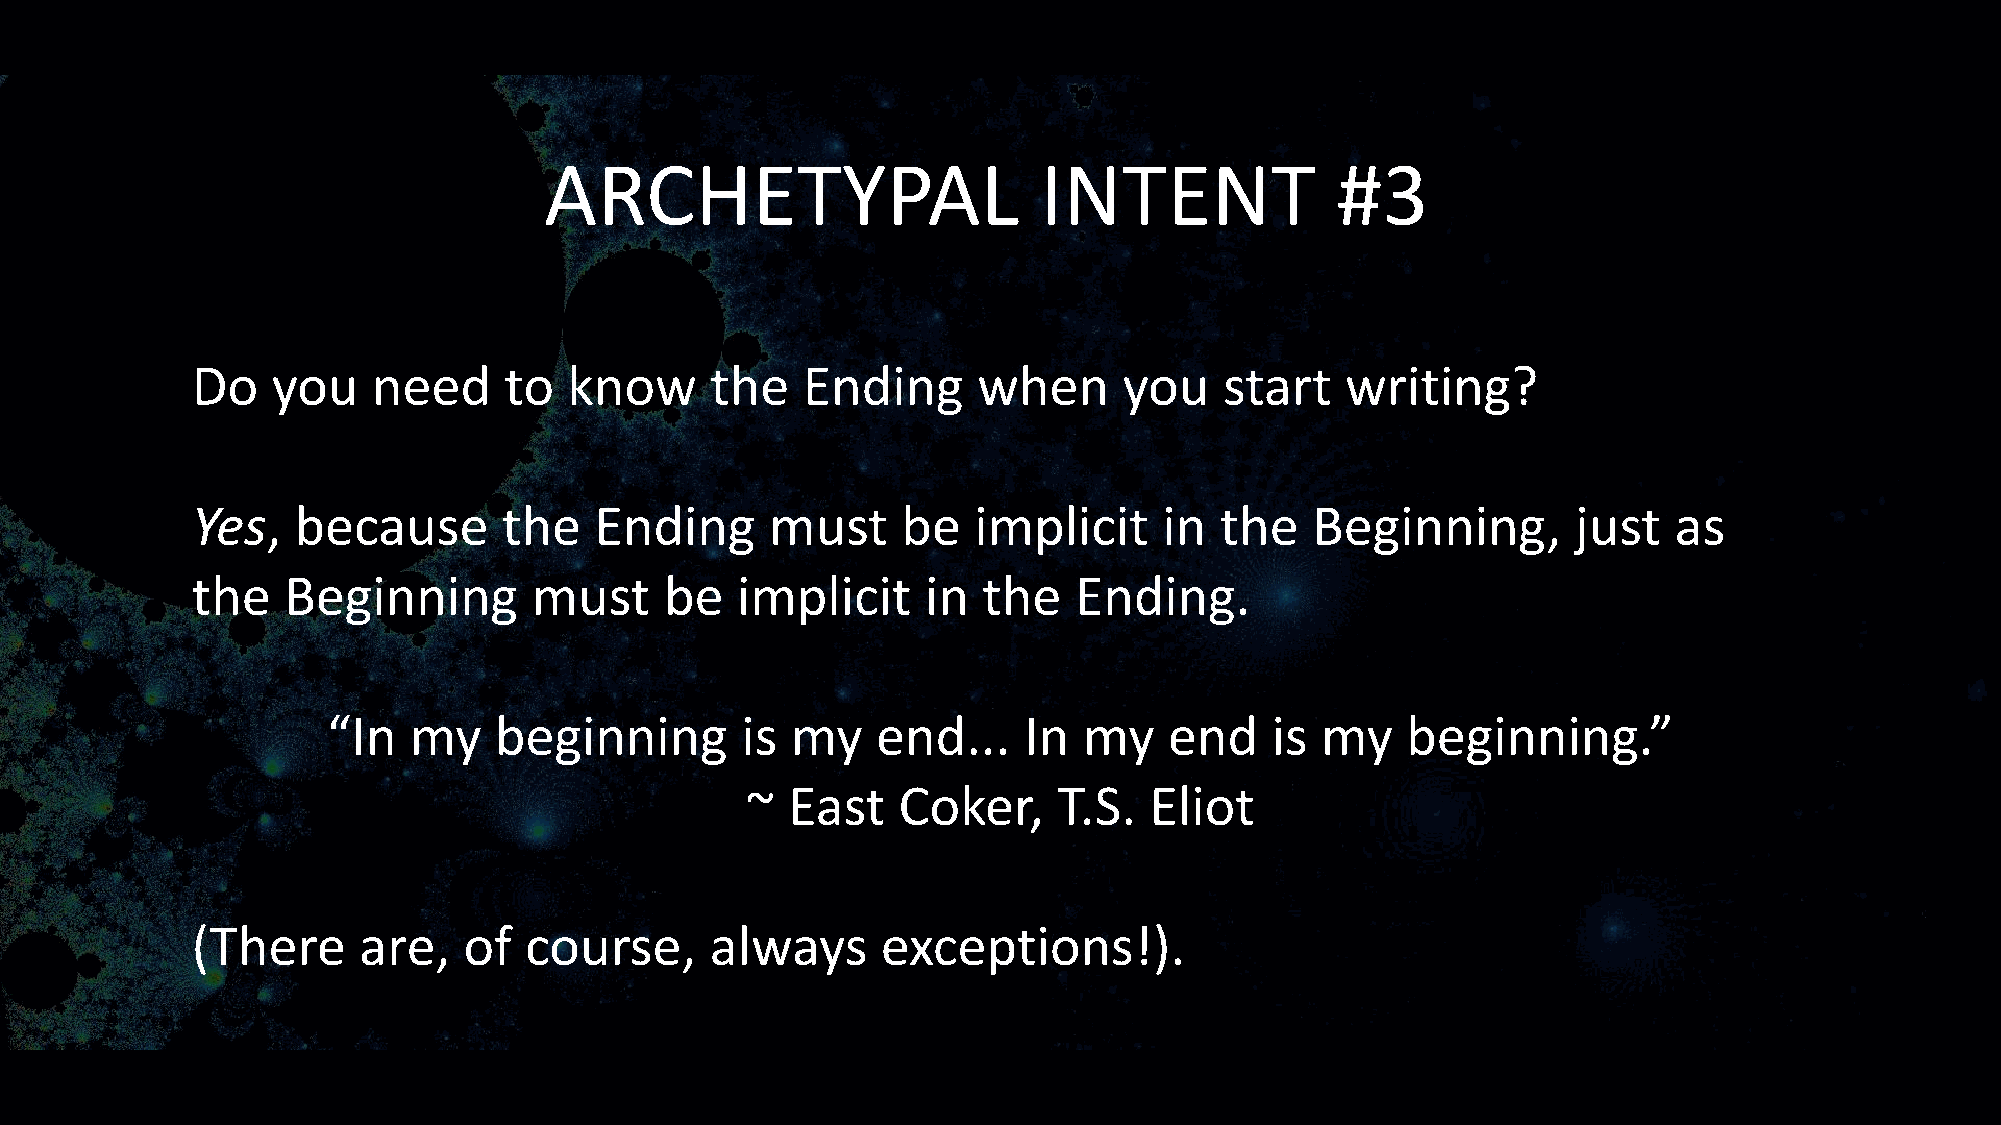
ARCHETYPAL                       INTENT             #3
 Do   you    need    to   know     the   Ending      when     you    start   writing?
 Yes,  because       the   Ending      must     be  implicit     in  the   Beginning,       just   as
 the   Beginning       must     be   implicit    in  the   Ending.
 “In  my    beginning       is my    end...    In  my   end    is my    beginning.”
 ~  East   Coker,     T.S.  Eliot
 (There     are,   of  course,     always     exceptions!).